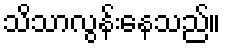
သိသာလွန်းနေသည်။